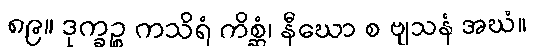
၈၉။ ဒုက္ခဉ္စ ကသိရံ ကိစ္ဆံ၊ နီဃော စ ဗျသနံ အဃံ။